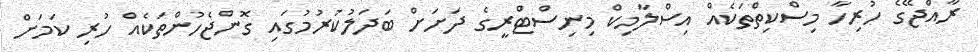
ރާއްޖޭގެ ހުރިހާ މިސްކިތްތަކެއް އިސްލާމިކް މިނިސްޓްރީގެ ދަށަށް ބަދަލުކުރުމުގައި ގޮންޖެހުންތަކެއް ހުރި ކަމަށް